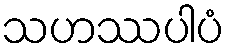
သဟဿပါပံ